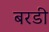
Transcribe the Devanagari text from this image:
बरडी